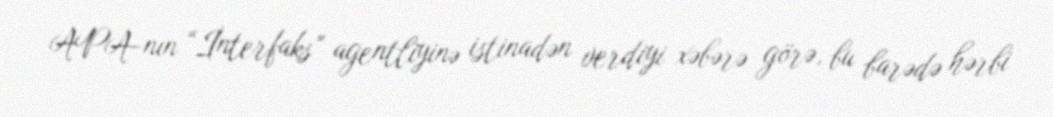
APA-nın “İnterfaks” agentliyinə istinadən verdiyi xəbərə görə, bu barədə hərbi